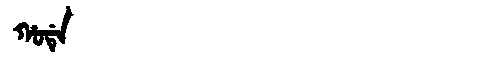
Manchu: ᡥᠣᡩᡝ
Romanization: HODE